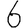
Digit: 6